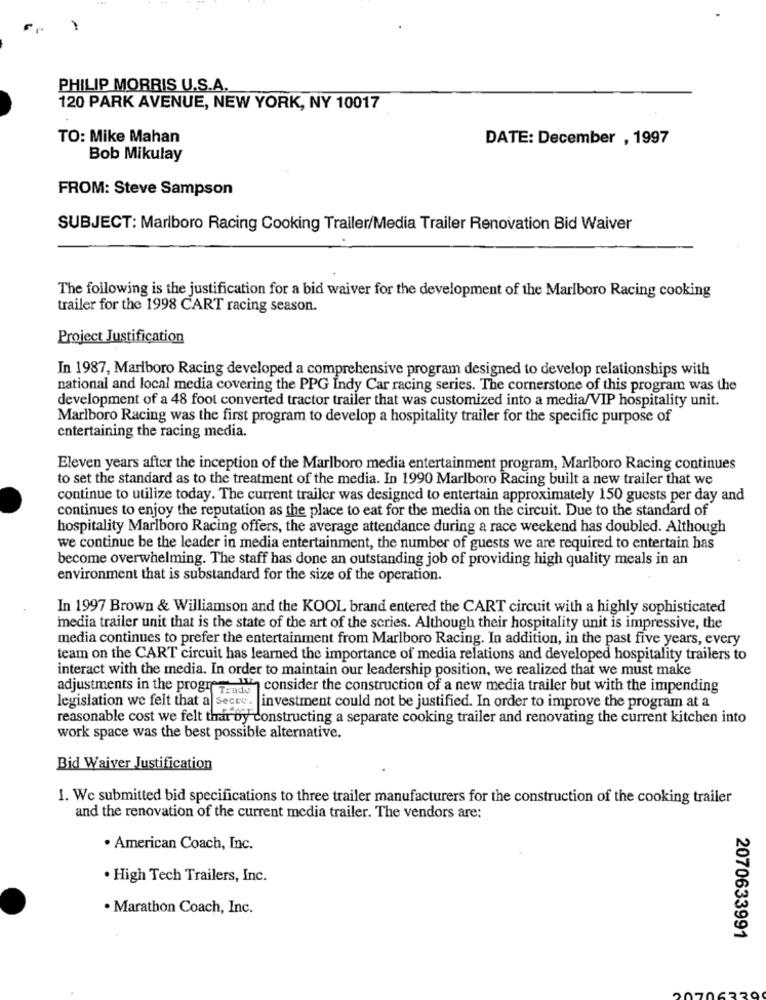
PHILIP MORRIS U.S.A.
120 PARK AVENUE, NEW YORK, NY 10017
TO: Mike Mahan
DATE: December , 1997
Bob Mikulay
FROM: Steve Sampson
SUBJECT: Marlboro Racing Cooking Trailer/Media Trailer Renovation Bid Waiver
The following is the justification for a bid waiver for the development of the Marlboro Racing cooking
trailer for the 1998 CART racing season.
Project Justification
In 1987, Marlboro Racing developed a comprehensive program designed to develop relationships with
national and local media covering the PPG Indy Car racing series. The cornerstone of this program was the
development of a 48 foot converted tractor trailer that was customized into a media/VIP hospitality unit.
Marlboro Racing was the first program to develop a hospitality trailer for the specific purpose of
entertaining the racing media.
Eleven years after the inception of the Marlboro media entertainment program, Marlboro Racing continues
to set the standard as to the treatment of the media. In 1990 Marlboro Racing built a new trailer that we
continue to utilize today. The current trailer was designed to entertain approximately 150 guests per day and
continues to enjoy the reputation as the place to eat for the media on the circuit. Due to the standard of
hospitality Marlboro Racing offers, the average attendance during a race weekend has doubled. Although
we continue be the leader in media entertainment, the number of guests we are required to entertain has
become overwhelming. The staff has done an outstanding job of providing high quality meals in an
environment that is substandard for the size of the operation.
In 1997 Brown & Williamson and the KOOL brand entered the CART circuit with a highly sophisticated
media trailer unit that is the state of the art of the series. Although their hospitality unit is impressive, the
media continues to prefer the entertainment from Marlboro Racing. In addition, in the past five years, every
team on the CART circuit has learned the importance of media relations and developed hospitality trailers to
interact with the media. In order to maintain our leadership position, we realized that we must make
adjustments in the progr Trado
r= 11 consider the construction of a new media trailer but with the impending
legislation we felt that a secre. investment could not be justified. In order to improve the program at a
reasonable cost we felt thar by constructing a separate cooking trailer and renovating the current kitchen into
work space was the best possible alternative.
Bid Waiver Justification
1. We submitted bid specifications to three trailer manufacturers for the construction of the cooking trailer
and the renovation of the current media trailer. The vendors are:
. American Coach, Inc.
. High Tech Trailers, Inc.
. Marathon Coach, Inc.
2070633991